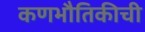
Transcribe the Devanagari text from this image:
कणभौतिकीची